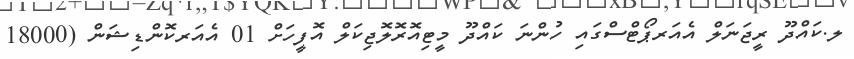
ލ.ކައްދޫ ރީޖަނަލް އެއަރޕޯޓްސްގައި ހުންނަ ކައްދޫ މީޓިއޮރޮލޮޖިކަލް އޮފީހަށް 01 އެއަރކޮންޑިޝަން (18000